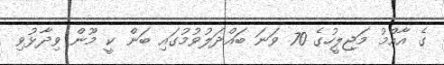
ގެ އާއްމު މަޖިލީހުގެ 70 ވަނަ ބައްދަލުވުމުގައި ބަން ކީ މޫން ވިދާޅުވި